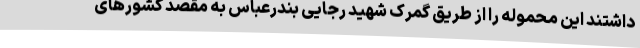
داشتند این محموله را از طریق گمرک شهید رجایی بندرعباس به مقصد کشورهای